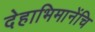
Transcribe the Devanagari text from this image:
देहाभिमानेंचि